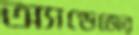
অ্যান্ডেজের